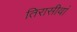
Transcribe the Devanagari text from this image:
तिरासीवां